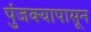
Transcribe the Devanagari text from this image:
पुंजक्यापासून